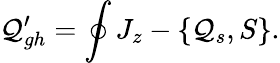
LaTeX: {\cal Q}_{gh}^{\prime}=\oint J_{z}-\{ {\cal Q}_{s},S\} .